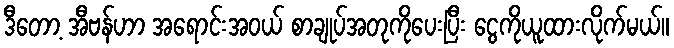
ဒီတော့ အီဗန်ဟာ အရောင်းအဝယ် စာချုပ်အတုကိုပေးပြီး ငွေကိုယူထားလိုက်မယ်။